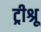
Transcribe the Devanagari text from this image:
ट्रीश्रू